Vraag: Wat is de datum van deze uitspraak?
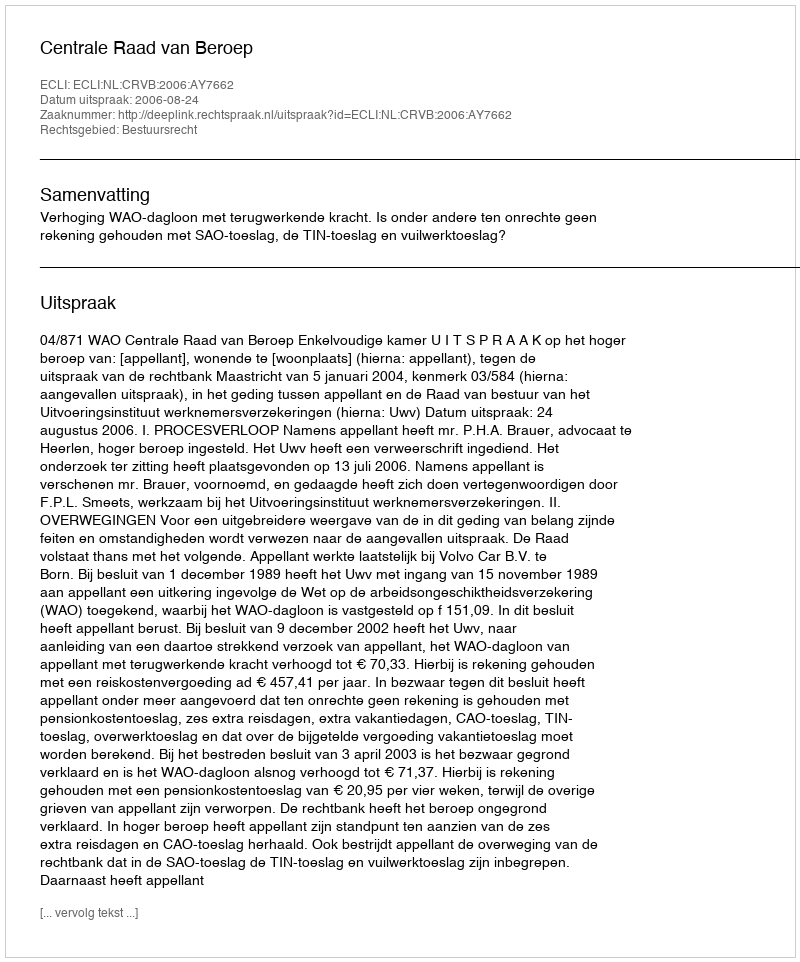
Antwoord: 2006-08-24